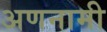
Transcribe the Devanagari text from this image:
अणनामी